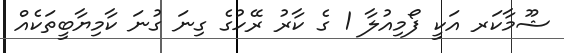
ޝޫމާކަރ އަކީ ފޯމިއުލާ 1 ގެ ކާރު ރޭހުގެ ގިނަ ގުނަ ކާމިޔާބީތަކެއް